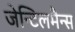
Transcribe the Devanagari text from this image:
जेन्टिलमैन्स